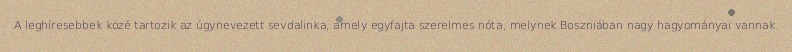
A leghíresebbek közé tartozik az úgynevezett sevdalinka, amely egyfajta szerelmes nóta, melynek Boszniában nagy hagyományai vannak.